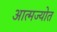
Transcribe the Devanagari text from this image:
आत्मज्योत